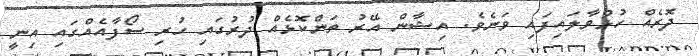
ދޮރެއް ހުޅުވާލައިފައި ވަނެވެ. އިޝާން އޭރު ތަންކޮޅެއް ދުރުގައި ހުރި ސޯފާއެއްގައި އިނީ